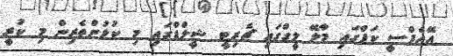
އޭއެފްސީ ކަޕްގައި މާލޭ ލީގްގައި ޗެރިޓީ ޝީލްޑްގައި މި ކުޅުންތެރިން މި ކުރީ